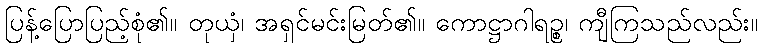
ပြန့်ပြောပြည့်စုံ၏။ တုယှံ၊ အရှင်မင်းမြတ်၏။ ကောဋ္ဌာဂါရဉ္စ၊ ကျီကြသည်လည်း။